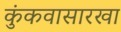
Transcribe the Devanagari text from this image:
कुंकवासारखा